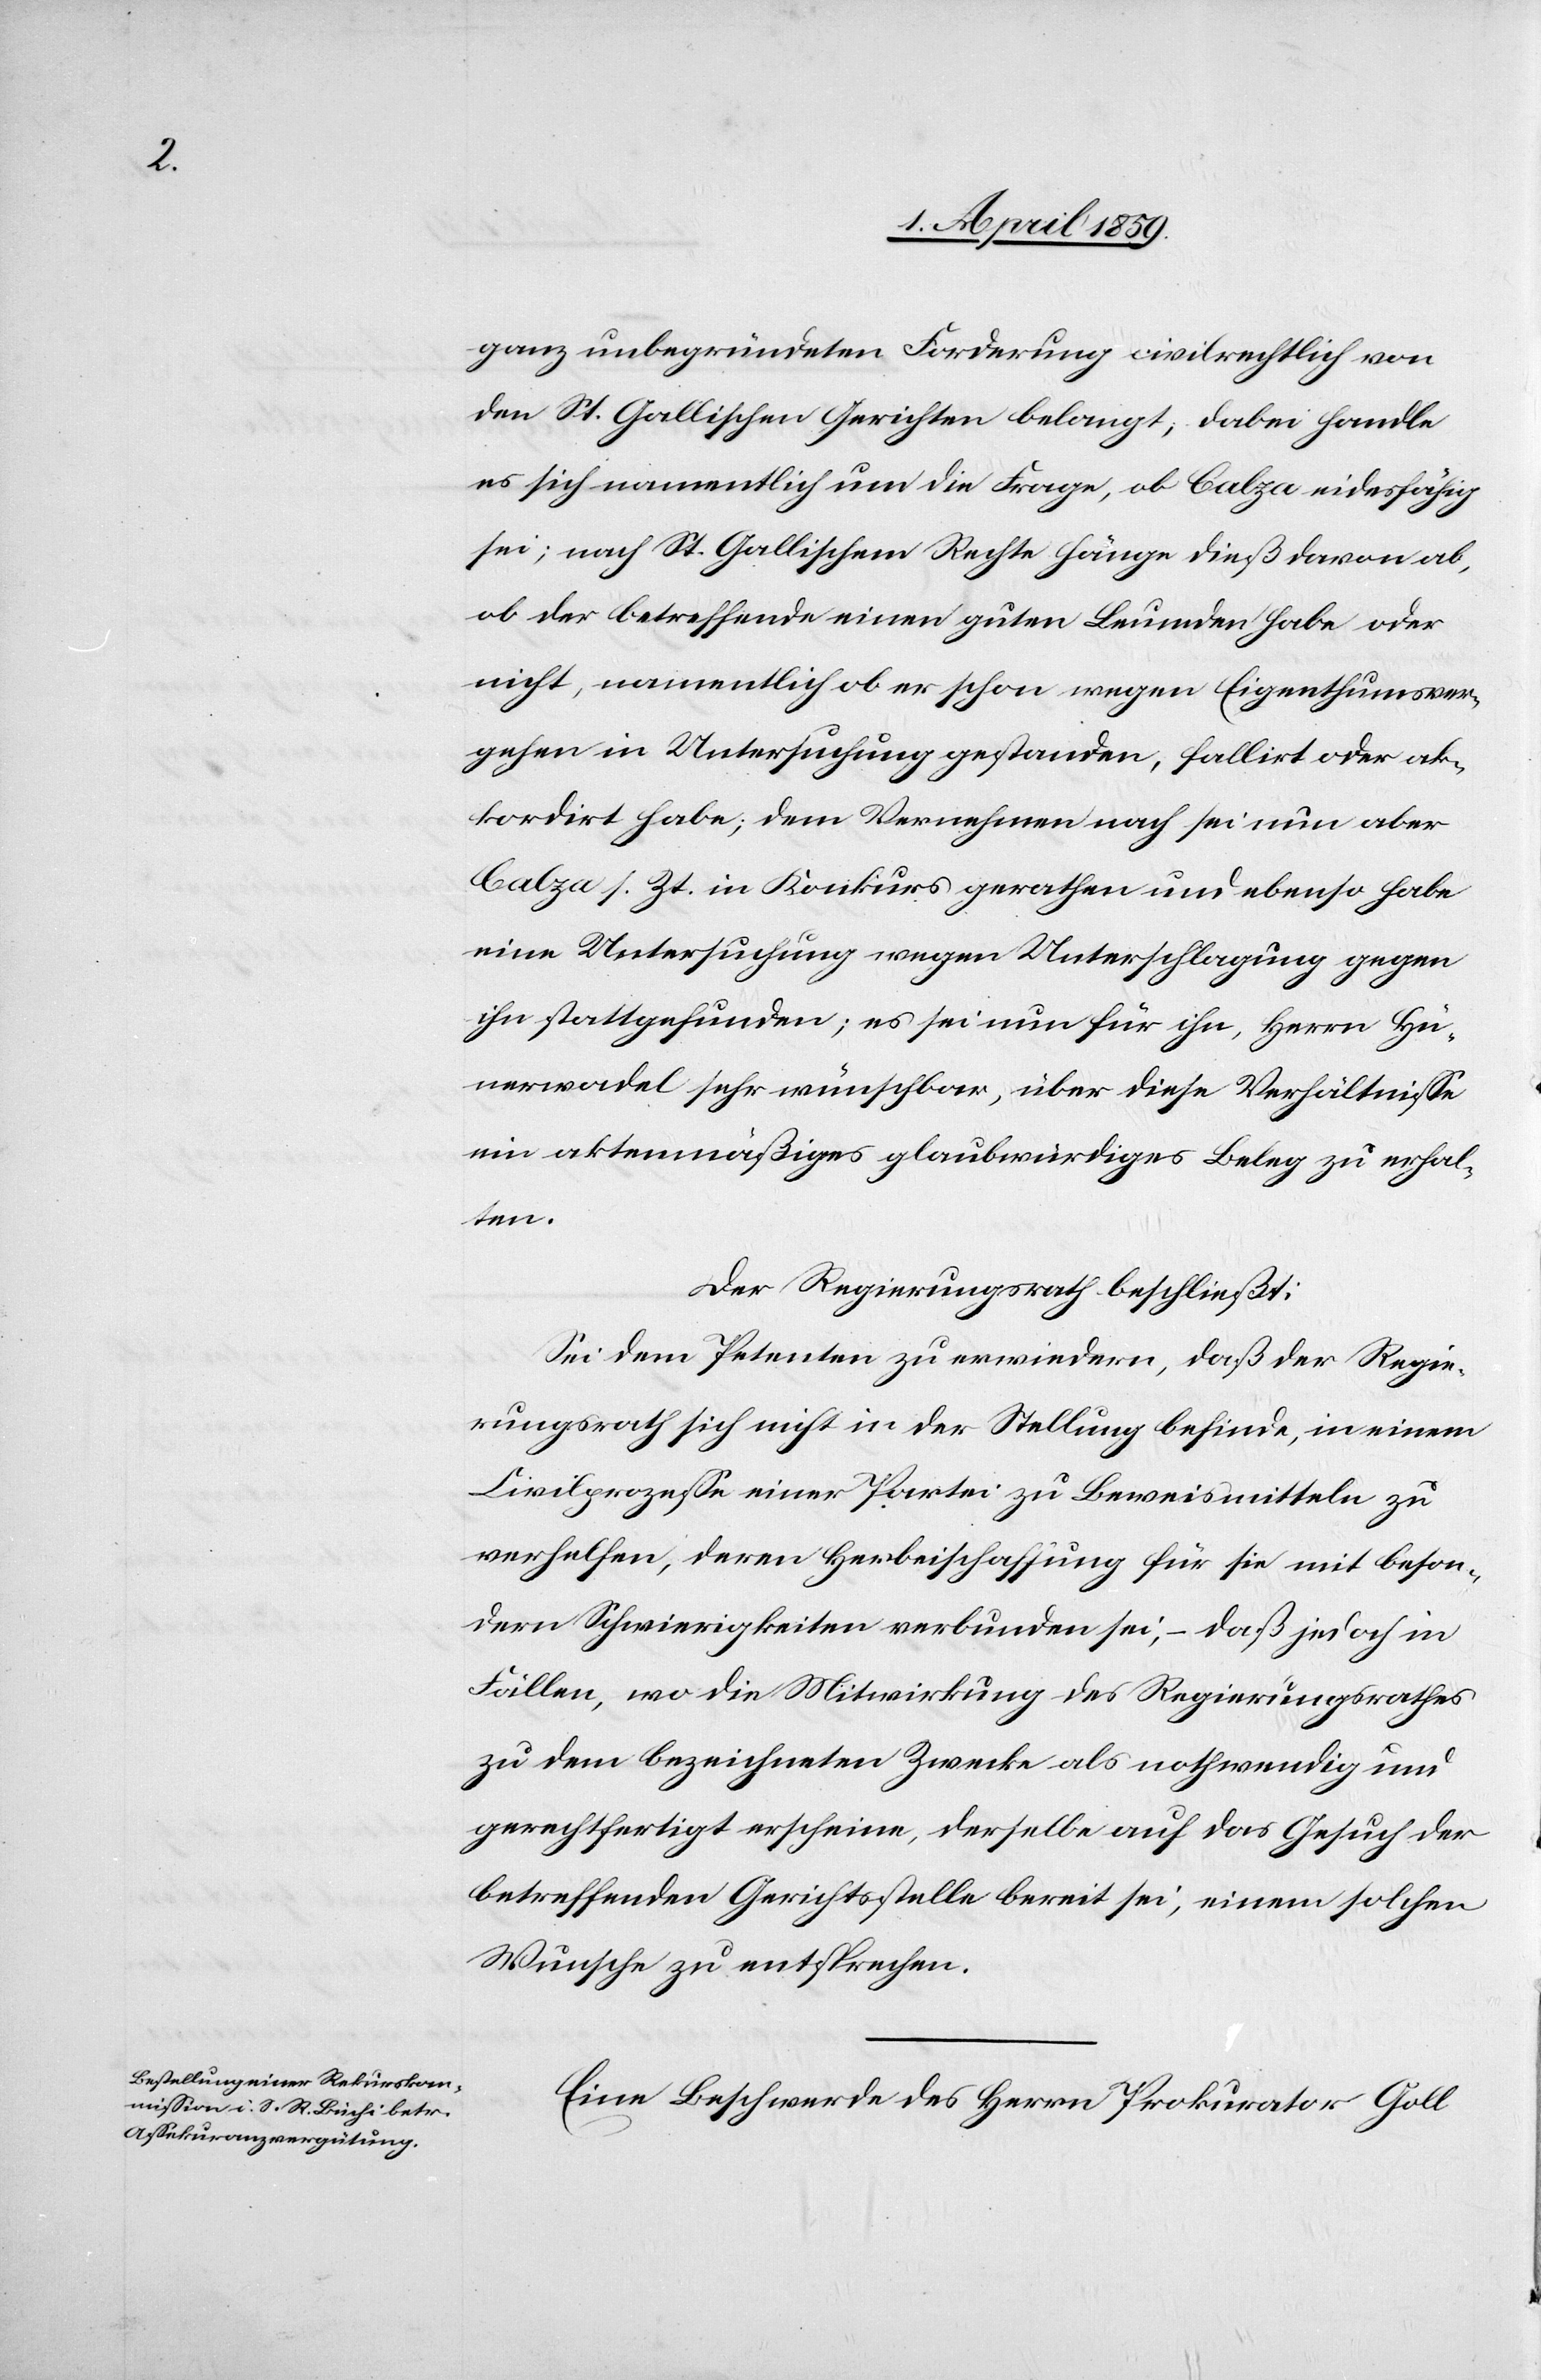
ganz unbegründeten Forderung civilrechtlich von
den St. Gallischen Gerichten belangt, dabei handle
es sich namentlich um die Frage, ob Calza eidesfähig
sei; nach St. Gallischem Rechte hänge dieß davon ab,
ob der betreffende einen guten Leumden habe oder
nicht, namentlich ob er schon wegen Eigenthumsver¬
gehen in Untersuchung gestanden, fallirt oder ak¬
kordirt habe; dem Vernehmen nach sei nun aber
Calza s. Zt. in Konkurs gerathen und ebenso habe
eine Untersuchung wegen Unterschlagung gegen
ihn stattgefunden; es sei nun für ihn, Herrn Hü¬
nerwadel sehr wünschbar, über diese Verhältniße
ein aktenmäßiges glaubenswürdiges Beleg zu erhal¬
ten.
Der Regierungsrath beschließt:
Sei dem Petenten zu erwiedern, daß der Regie¬
rungsrath sich nicht in der Stellung befinde, in einem
Civilprozeße einer Partei zu Beweismitteln zu
verhelfen, deren Herbeischaffung für sie mit beson¬
dern Schwierigkeiten verbunden sei, – daß jedoch in
Fällen, wo die Mitwirkung des Regierungsrathes
zu dem bezeichneten Zwecke als nothwendig und
gerechtfertigt erscheine, derselbe auf das Gesuch der
betreffenden Gerichtsstelle bereit sei, einem solchen
Wunsche zu entsprechen.
Eine Beschwerde des Herrn Prokurator Goll